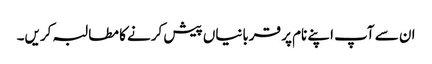
ان سے آپ اپنے نام پر قربانیاں پیش کرنے کا مطالبہ کریں۔